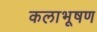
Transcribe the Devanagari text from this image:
कलाभूषण